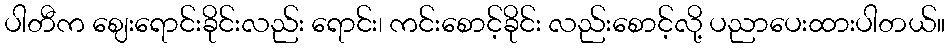
ပါတီက ဈေးရောင်းခိုင်းလည်း ရောင်း၊ ကင်းစောင့်ခိုင်း လည်းစောင့်လို့ ပညာပေးထားပါတယ်။